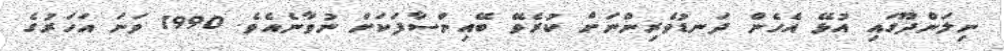
ނިލަންދޫގައި އުޅޭ އެހެން ދަނޑުވެރިންނަށް ކުރެވޭ ބޭއިންސާފަކަށް ނުވާނެއެވެ. 1990 ވަނަ އަހަރުގެ